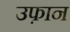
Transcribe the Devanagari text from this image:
उफ़ान